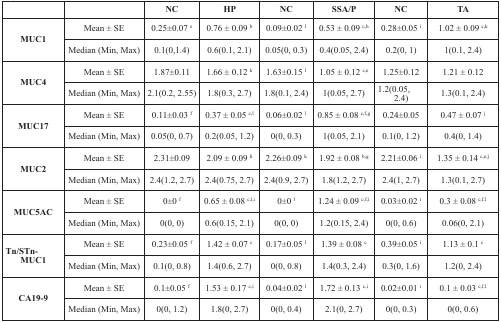
<table><thead><tr><td></td><td></td><td><b>NC</b></td><td><b>HP</b></td><td><b>NC</b></td><td><b>SSA/P</b></td><td><b>NC</b></td><td><b>TA</b></td></tr></thead><tbody><tr><td rowspan="2"><b>MUC1</b></td><td>Mean ± SE</td><td>0.25±0.07 <sup>e</sup></td><td>0.76 ± 0.09 <sup>b</sup></td><td>0.09±0.02 <sup>l</sup></td><td>0.53 ± 0.09 <sup>c,h</sup></td><td>0.28±0.05 <sup>i</sup></td><td>1.02 ± 0.09 <sup>c,k</sup></td></tr><tr><td>Median (Min, Max)</td><td>0.1(0,1.4)</td><td>0.6(0.1, 2.1)</td><td>0.05(0, 0.3)</td><td>0.4(0.05, 2.4)</td><td>0.2(0, 1)</td><td>1(0.1, 2.4)</td></tr><tr><td rowspan="2"><b>MUC4</b></td><td>Mean ± SE</td><td>1.87±0.11</td><td>1.66 ± 0.12 <sup>k</sup></td><td>1.63±0.15 <sup>l</sup></td><td>1.05 ± 0.12 <sup>c,e</sup></td><td>1.25±0.12</td><td>1.21 ± 0.12</td></tr><tr><td>Median (Min, Max)</td><td>2.1(0.2, 2.55)</td><td>1.8(0.3, 2.7)</td><td>1.8(0.1, 2.4)</td><td>1(0.05, 2.7)</td><td>1.2(0.05, 2.4)</td><td>1.3(0.1, 2.4)</td></tr><tr><td rowspan="2"><b>MUC17</b></td><td>Mean ± SE</td><td>0.11±0.03 <sup>f</sup></td><td>0.37 ± 0.05 <sup>c,l</sup></td><td>0.06±0.02 <sup>l</sup></td><td>0.85 ± 0.08 <sup>c,f,g</sup></td><td>0.24±0.05</td><td>0.47 ± 0.07 <sup>j</sup></td></tr><tr><td>Median (Min, Max)</td><td>0.05(0, 0.7)</td><td>0.2(0.05, 1.2)</td><td>0(0, 0.3)</td><td>1(0.05, 2.1)</td><td>0.1(0, 1.2)</td><td>0.4(0, 1.4)</td></tr><tr><td rowspan="2"><b>MUC2</b></td><td>Mean ± SE</td><td>2.31±0.09</td><td>2.09 ± 0.09 <sup>h</sup></td><td>2.26±0.09 <sup>k</sup></td><td>1.92 ± 0.08 <sup>b,g</sup></td><td>2.21±0.06 <sup>i</sup></td><td>1.35 ± 0.14 <sup>c,e,j</sup></td></tr><tr><td>Median (Min, Max)</td><td>2.4(1.2, 2.7)</td><td>2.4(0.75, 2.7)</td><td>2.4(0.9, 2.7)</td><td>1.8(1.2, 2.7)</td><td>2.4(1, 2.7)</td><td>1.3(0.1, 2.7)</td></tr><tr><td rowspan="2"><b>MUC5AC</b></td><td>Mean ± SE</td><td>0±0 <sup>f</sup></td><td>0.65 ± 0.08 <sup>c,l,i</sup></td><td>0±0 <sup>l</sup></td><td>1.24 ± 0.09 <sup>c,f,i</sup></td><td>0.03±0.02 <sup>i</sup></td><td>0.3 ± 0.08 <sup>c,f,l</sup></td></tr><tr><td>Median (Min, Max)</td><td>0(0, 0)</td><td>0.6(0.15, 2.1)</td><td>0(0, 0)</td><td>1.2(0.15, 2.4)</td><td>0(0, 0.6)</td><td>0.06(0, 2.1)</td></tr><tr><td rowspan="2"><b>Tn/STn-MUC1</b></td><td>Mean ± SE</td><td>0.23±0.05 <sup>f</sup></td><td>1.42 ± 0.07 <sup>c</sup></td><td>0.17±0.05 <sup>l</sup></td><td>1.39 ± 0.08 <sup>c</sup></td><td>0.39±0.05 <sup>i</sup></td><td>1.13 ± 0.1 <sup>c</sup></td></tr><tr><td>Median (Min, Max)</td><td>0.1(0, 0.8)</td><td>1.4(0.6, 2.7)</td><td>0(0, 0.8)</td><td>1.4(0.3, 2.4)</td><td>0.3(0, 1.6)</td><td>1.2(0, 2.4)</td></tr><tr><td rowspan="2"><b>CA19-9</b></td><td>Mean ± SE</td><td>0.1±0.05 <sup>f</sup></td><td>1.53 ± 0.17 <sup>c,i</sup></td><td>0.04±0.02 <sup>l</sup></td><td>1.72 ± 0.13 <sup>c,i</sup></td><td>0.02±0.01 <sup>i</sup></td><td>0.1 ± 0.03 <sup>c,f,l</sup></td></tr><tr><td>Median (Min, Max)</td><td>0(0, 1.2)</td><td>1.8(0, 2.7)</td><td>0(0, 0.4)</td><td>2.1(0, 2.7)</td><td>0(0, 0.3)</td><td>0(0, 0.6)</td></tr></tbody></table>